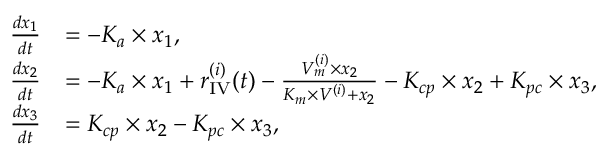
\begin{array} { r l } { \frac { d x _ { 1 } } { d t } } & { = - K _ { a } \times x _ { 1 } , } \\ { \frac { d x _ { 2 } } { d t } } & { = - K _ { a } \times x _ { 1 } + r _ { \mathrm { { I V } } } ^ { ( i ) } ( t ) - \frac { V _ { m } ^ { ( i ) } \times x _ { 2 } } { K _ { m } \times V ^ { ( i ) } + x _ { 2 } } - K _ { c p } \times x _ { 2 } + K _ { p c } \times x _ { 3 } , } \\ { \frac { d x _ { 3 } } { d t } } & { = K _ { c p } \times x _ { 2 } - K _ { p c } \times x _ { 3 } , } \end{array}